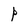
Character: P